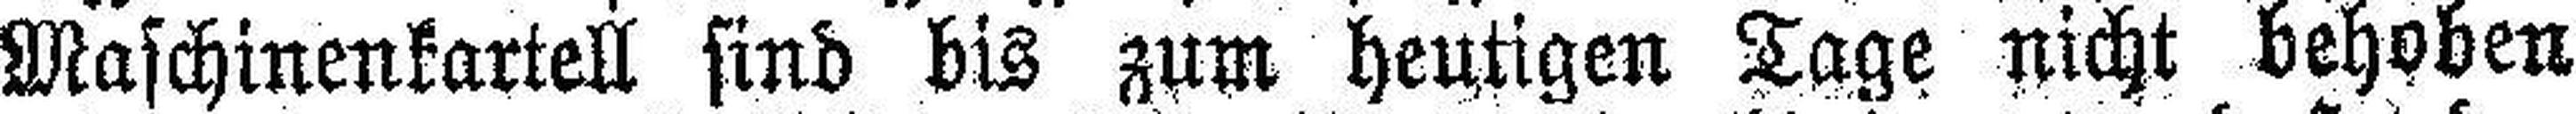
Maschinenkartell sind bis zum hentigen Tage nicht behoben